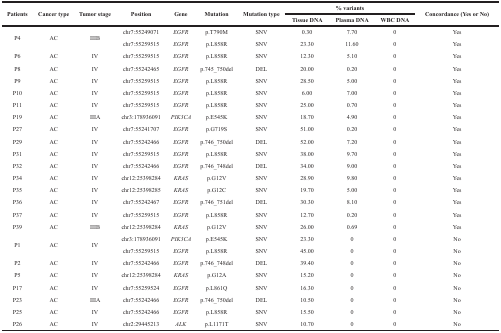
<table><thead><tr><td><b>Patients</b></td><td><b>Cancer type</b></td><td><b>Tumor stage</b></td><td><b>Position</b></td><td><b>Gene</b></td><td><b>Mutation</b></td><td><b>Mutation type</b></td><td colspan="3"><b>% variants</b></td><td><b>Concordance (Yes or No)</b></td></tr><tr><td></td><td></td><td></td><td></td><td></td><td></td><td></td><td><b>Tissue DNA</b></td><td><b>Plasma DNA</b></td><td><b>WBC DNA</b></td><td></td></tr></thead><tbody><tr><td rowspan="2">P4</td><td rowspan="2">AC</td><td rowspan="2">IIIB</td><td>chr7:55249071</td><td><i>EGFR</i></td><td>p.T790M</td><td>SNV</td><td>0.30</td><td>7.70</td><td>0</td><td>Yes</td></tr><tr><td>chr7:55259515</td><td><i>EGFR</i></td><td>p.L858R</td><td>SNV</td><td>23.30</td><td>11.60</td><td>0</td><td>Yes</td></tr><tr><td>P6</td><td>AC</td><td>IV</td><td>chr7:55259515</td><td><i>EGFR</i></td><td>p.L858R</td><td>SNV</td><td>12.30</td><td>5.10</td><td>0</td><td>Yes</td></tr><tr><td>P8</td><td>AC</td><td>IV</td><td>chr7:55242465</td><td><i>EGFR</i></td><td>p.745_750del</td><td>DEL</td><td>20.00</td><td>0.20</td><td>0</td><td>Yes</td></tr><tr><td>P9</td><td>AC</td><td>IV</td><td>chr7:55259515</td><td><i>EGFR</i></td><td>p.L858R</td><td>SNV</td><td>28.50</td><td>5.00</td><td>0</td><td>Yes</td></tr><tr><td>P10</td><td>AC</td><td>IV</td><td>chr7:55259515</td><td><i>EGFR</i></td><td>p.L858R</td><td>SNV</td><td>6.00</td><td>7.00</td><td>0</td><td>Yes</td></tr><tr><td>P11</td><td>AC</td><td>IV</td><td>chr7:55259515</td><td><i>EGFR</i></td><td>p.L858R</td><td>SNV</td><td>25.00</td><td>0.70</td><td>0</td><td>Yes</td></tr><tr><td>P19</td><td>AC</td><td>IIIA</td><td>chr3:178936091</td><td><i>PIK3CA</i></td><td>p.E545K</td><td>SNV</td><td>18.70</td><td>4.90</td><td>0</td><td>Yes</td></tr><tr><td>P27</td><td>AC</td><td>IV</td><td>chr7:55241707</td><td><i>EGFR</i></td><td>p.G719S</td><td>SNV</td><td>51.00</td><td>0.20</td><td>0</td><td>Yes</td></tr><tr><td>P29</td><td>AC</td><td>IV</td><td>chr7:55242466</td><td><i>EGFR</i></td><td>p.746_750del</td><td>DEL</td><td>52.00</td><td>7.20</td><td>0</td><td>Yes</td></tr><tr><td>P31</td><td>AC</td><td>IV</td><td>chr7:55259515</td><td><i>EGFR</i></td><td>p.L858R</td><td>SNV</td><td>38.00</td><td>9.70</td><td>0</td><td>Yes</td></tr><tr><td>P32</td><td>AC</td><td>IV</td><td>chr7:55242466</td><td><i>EGFR</i></td><td>p.746_748del</td><td>DEL</td><td>34.00</td><td>9.00</td><td>0</td><td>Yes</td></tr><tr><td>P34</td><td>AC</td><td>IV</td><td>chr12:25398284</td><td><i>KRAS</i></td><td>p.G12V</td><td>SNV</td><td>28.90</td><td>9.80</td><td>0</td><td>Yes</td></tr><tr><td>P35</td><td>AC</td><td>IV</td><td>chr12:25398285</td><td><i>KRAS</i></td><td>p.G12C</td><td>SNV</td><td>19.70</td><td>5.00</td><td>0</td><td>Yes</td></tr><tr><td>P36</td><td>AC</td><td>IV</td><td>chr7:55242467</td><td><i>EGFR</i></td><td>p.746_751del</td><td>DEL</td><td>30.30</td><td>8.10</td><td>0</td><td>Yes</td></tr><tr><td>P37</td><td>AC</td><td>IV</td><td>chr7:55259515</td><td><i>EGFR</i></td><td>p.L858R</td><td>SNV</td><td>12.70</td><td>0.20</td><td>0</td><td>Yes</td></tr><tr><td>P39</td><td>AC</td><td>IIIB</td><td>chr12:25398284</td><td><i>KRAS</i></td><td>p.G12V</td><td>SNV</td><td>26.00</td><td>0.69</td><td>0</td><td>Yes</td></tr><tr><td rowspan="2">P1</td><td rowspan="2">AC</td><td rowspan="2">IV</td><td>chr3:178936091</td><td><i>PIK3CA</i></td><td>p.E545K</td><td>SNV</td><td>23.30</td><td>0</td><td>0</td><td>No</td></tr><tr><td>chr7:55259515</td><td><i>EGFR</i></td><td>p.L858R</td><td>SNV</td><td>45.00</td><td>0</td><td>0</td><td>No</td></tr><tr><td>P2</td><td>AC</td><td>IV</td><td>chr7:55242466</td><td><i>EGFR</i></td><td>p.746_748del</td><td>DEL</td><td>39.40</td><td>0</td><td>0</td><td>No</td></tr><tr><td>P5</td><td>AC</td><td>IV</td><td>chr12:25398284</td><td><i>KRAS</i></td><td>p.G12A</td><td>SNV</td><td>15.20</td><td>0</td><td>0</td><td>No</td></tr><tr><td>P17</td><td>AC</td><td>IV</td><td>chr7:55259524</td><td><i>EGFR</i></td><td>p.L861Q</td><td>SNV</td><td>16.30</td><td>0</td><td>0</td><td>No</td></tr><tr><td>P23</td><td>AC</td><td>IIIA</td><td>chr7:55242466</td><td><i>EGFR</i></td><td>p.746_750del</td><td>DEL</td><td>10.50</td><td>0</td><td>0</td><td>No</td></tr><tr><td>P25</td><td>AC</td><td>IV</td><td>chr7:55242466</td><td><i>EGFR</i></td><td>p.L858R</td><td>SNV</td><td>15.50</td><td>0</td><td>0</td><td>No</td></tr><tr><td>P26</td><td>AC</td><td>IV</td><td>chr2:29445213</td><td><i>ALK</i></td><td>p.L1171T</td><td>SNV</td><td>10.70</td><td>0</td><td>0</td><td>No</td></tr></tbody></table>